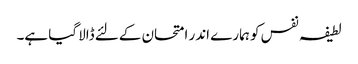
لطیفہ نفس کو ہمارے اندر امتحان کےلئے ڈالا گیا ہے۔